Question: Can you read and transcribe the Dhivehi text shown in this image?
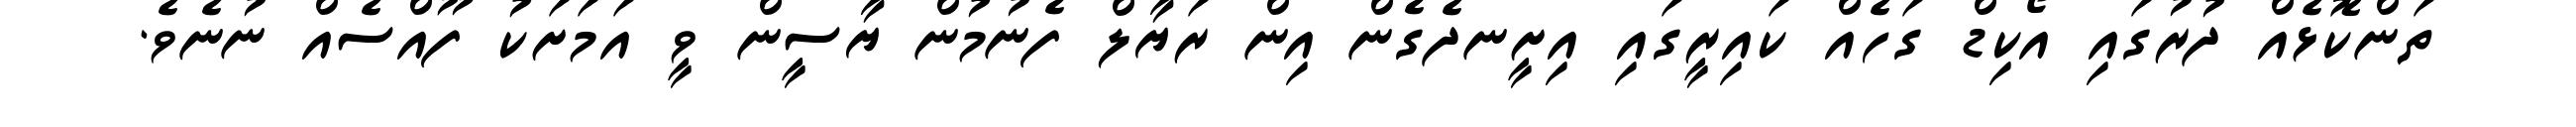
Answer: ތަންކޮޅެއް ދުރުގައި އޯކިޑް ގަހެއް ކައިރީގައި އިށީނދެގެން އިން ރަޔާލް ފެނުމުން ޔާސީން ވީ އަމަށަކު ފޫއްސެއް ނުނެވެ.